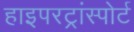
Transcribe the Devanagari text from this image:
हाइपरट्रांस्पोर्ट